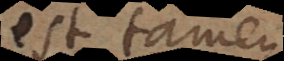
est tamen